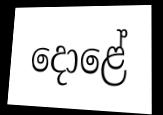
දොළේ